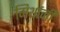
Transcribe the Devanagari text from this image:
मिर्थानी